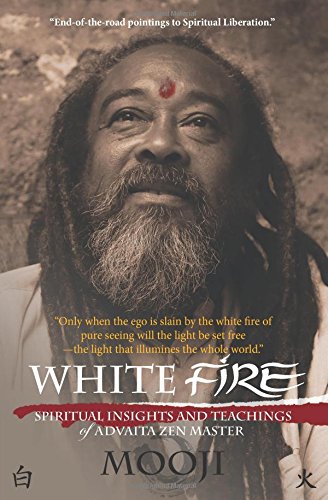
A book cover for White Fire: Spiritual insights and teachings of advaita zen master Mooji; Mooji; Religion & Spirituality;